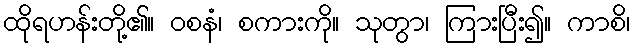
ထိုရဟန်းတို့၏။ ဝစနံ၊ စကားကို။ သုတွာ၊ ကြားပြီး၍။ ကာစိ၊